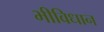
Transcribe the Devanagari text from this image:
भीविधान